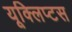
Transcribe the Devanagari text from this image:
यूक्लिप्टस